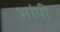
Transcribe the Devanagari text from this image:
भांपी